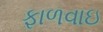
ફાળવાઇ